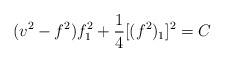
LaTeX: \begin{align*}(v^2-f^2)f_1^2 + \frac{1}{4}[(f^2)_1]^2 = C \end{align*}